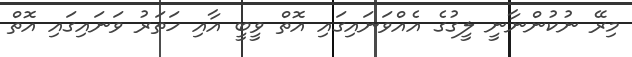
މިރޭ ނުކުންނާނީ ލީގުގެ އެއްވަނައިގައި އޮތް ވީބީ އާއި ހަތަރު ވަނައިގައި އޮތް